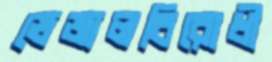
ভেজালবিরোধী